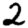
Digit: 2